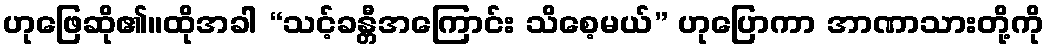
ဟုဖြေဆို၏။ထိုအခါ “သင့်ခန္တီအကြောင်း သိစေ့မယ်” ဟုပြောကာ အာဏာသားတို့ကို